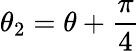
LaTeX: \theta_{2}=\theta+\frac{\pi}{4}